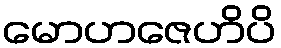
မောဟဇေဟိပိ